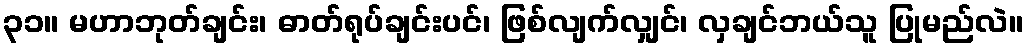
၃၁။ မဟာဘုတ်ချင်း၊ ဓာတ်ရုပ်ချင်းပင်၊ ဖြစ်လျက်လျှင်၊ လှချင်ဘယ်သူ ပြုမည်လဲ။